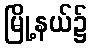
မြို့နယ်၌